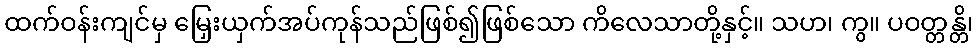
ထက်ဝန်းကျင်မှ မြှေးယှက်အပ်ကုန်သည်ဖြစ်၍ဖြစ်သော ကိလေသာတို့နှင့်။ သဟ၊ ကွ။ ပဝတ္တန္တိ၊